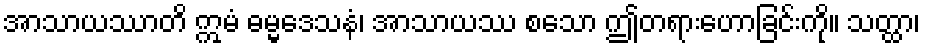
အာသာယဿာတိ ဣမံ ဓမ္မဒေသနံ၊ အာသာယဿ စသော ဤတရားဟောခြင်းကို။ သတ္ထာ၊